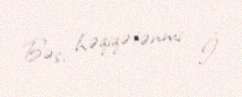
Bəs, həqiqətənmi İ.